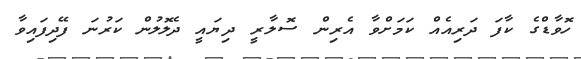
ހޮވާޑްގެ ކާފަ ދަރިއެއް ކަމަށްވާ އެރިން ސޮލާރީ ދިޔައީ ދެލޮލުން ކަރުނަ ފޭދިފައިވާ